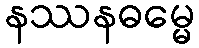
နဿနဓမ္မေ